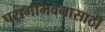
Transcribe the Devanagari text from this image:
परागीभवनासाठी